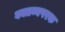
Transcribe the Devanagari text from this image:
वक्तव्यपरक